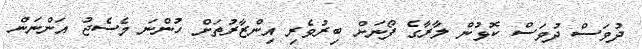
ދުވަސް ދުވަސް ކޮޅުން ލާރާގެ ފޯނަށް ބިރުވެރި އިންޒާރުތަށް ހުންނަ މެސެޖު އަންނަން